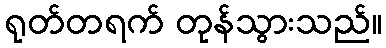
ရုတ်တရက် တုန်သွားသည်။